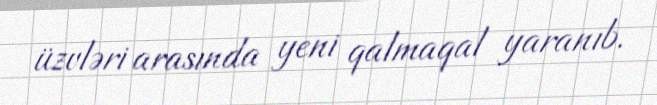
üzvləri arasında yeni qalmaqal yaranıb.